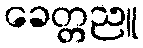
ခေတ္တညူ